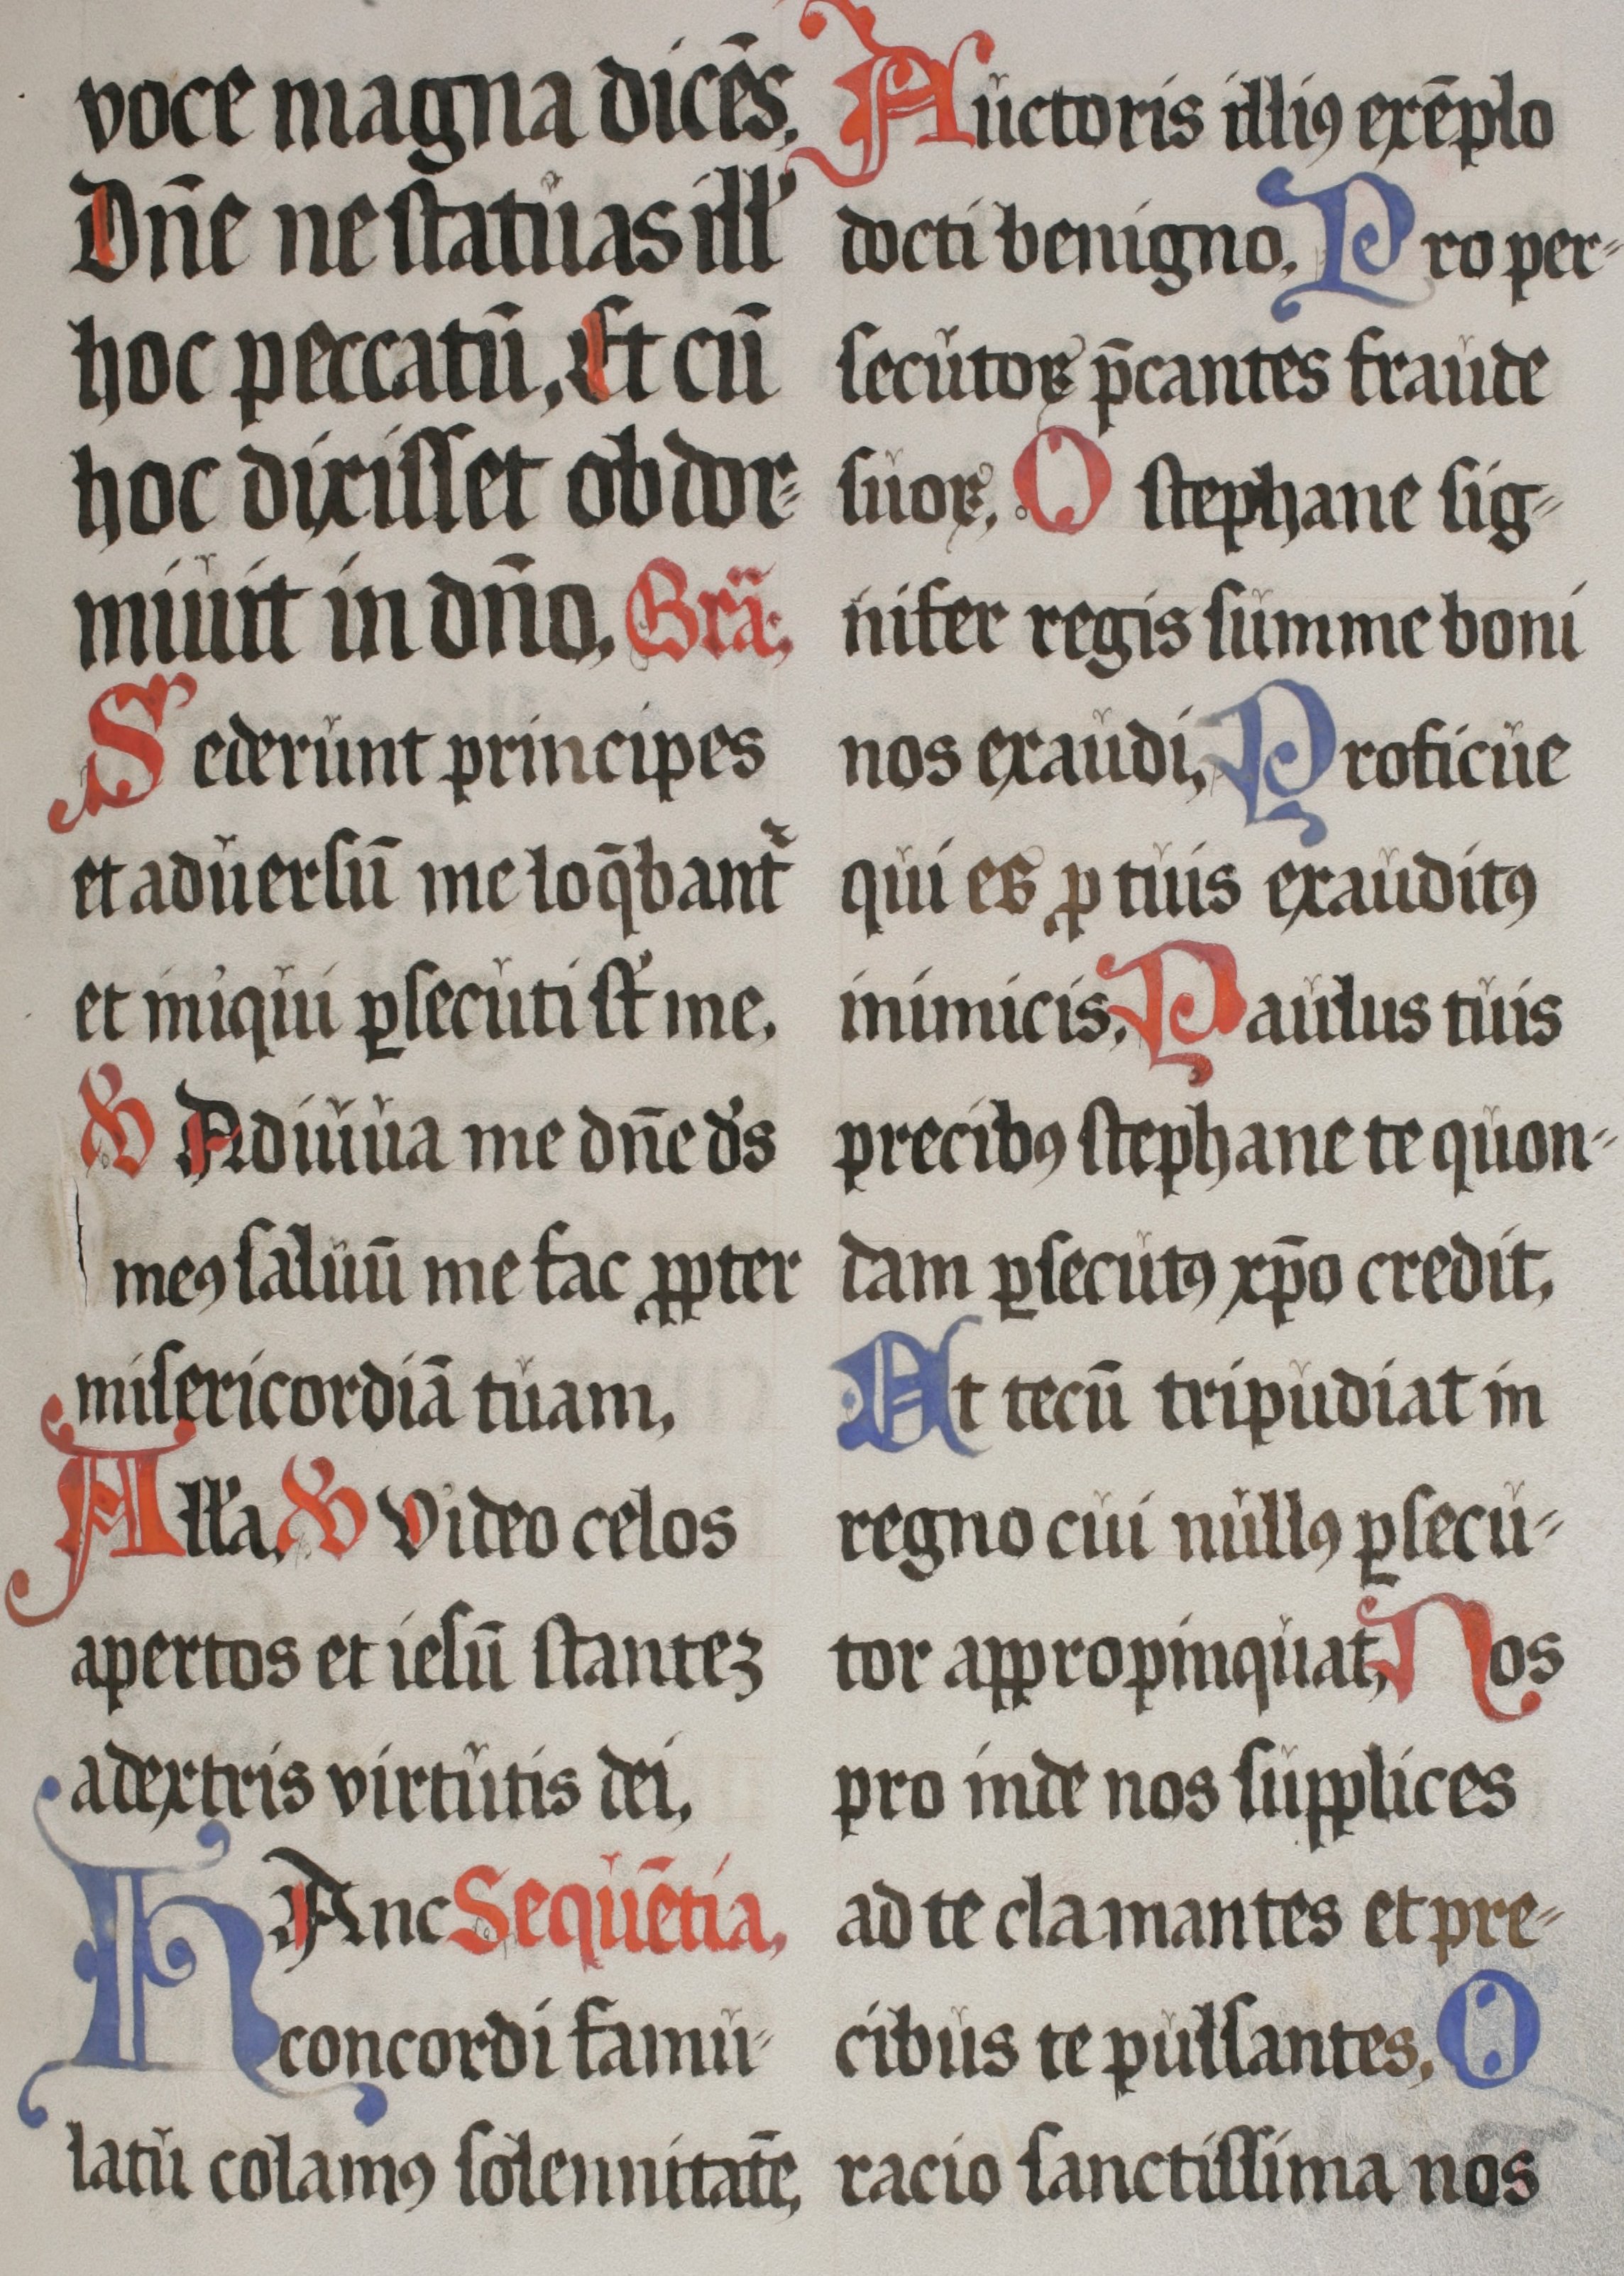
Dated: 1555–1555